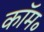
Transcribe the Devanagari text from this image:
कॉम॰